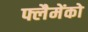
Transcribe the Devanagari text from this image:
फ्लैमेंको